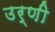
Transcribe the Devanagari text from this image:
उर्णी